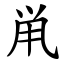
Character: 鼡